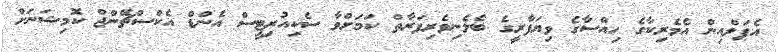
އެޕަލްއިން އެމެރިކާގެ ހިއްސާގެ ވިޔަފާރީގެ ބެލެނިވެރިފަރާތް ކަމަށްވާ ސެކިއުރިޓީސް އެންޑް އެކްސްޗޭންޖް ކޮމިޝަނަށް